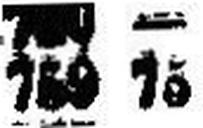
759 75